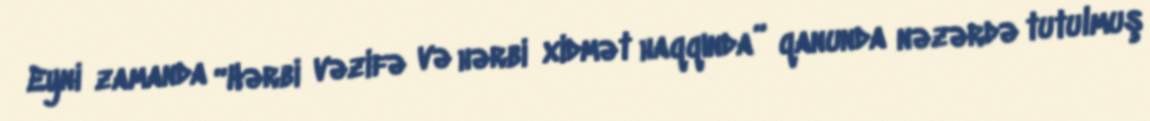
Eyni zamanda “Hərbi vəzifə və hərbi xidmət haqqında” qanunda nəzərdə tutulmuş